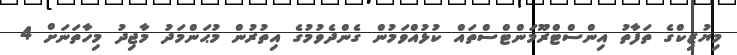
މިޔުޒިކްގެ ތަފާތު އިންސްޓްރޫމަންޓްސްތައް ކުޅުއްވަމުން ގެންދެވުމުގެ އިތުރުން މުޙަންމަދު މާޖިދު މިހާތަނަށް 4